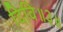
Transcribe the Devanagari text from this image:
दिवि॥३॥